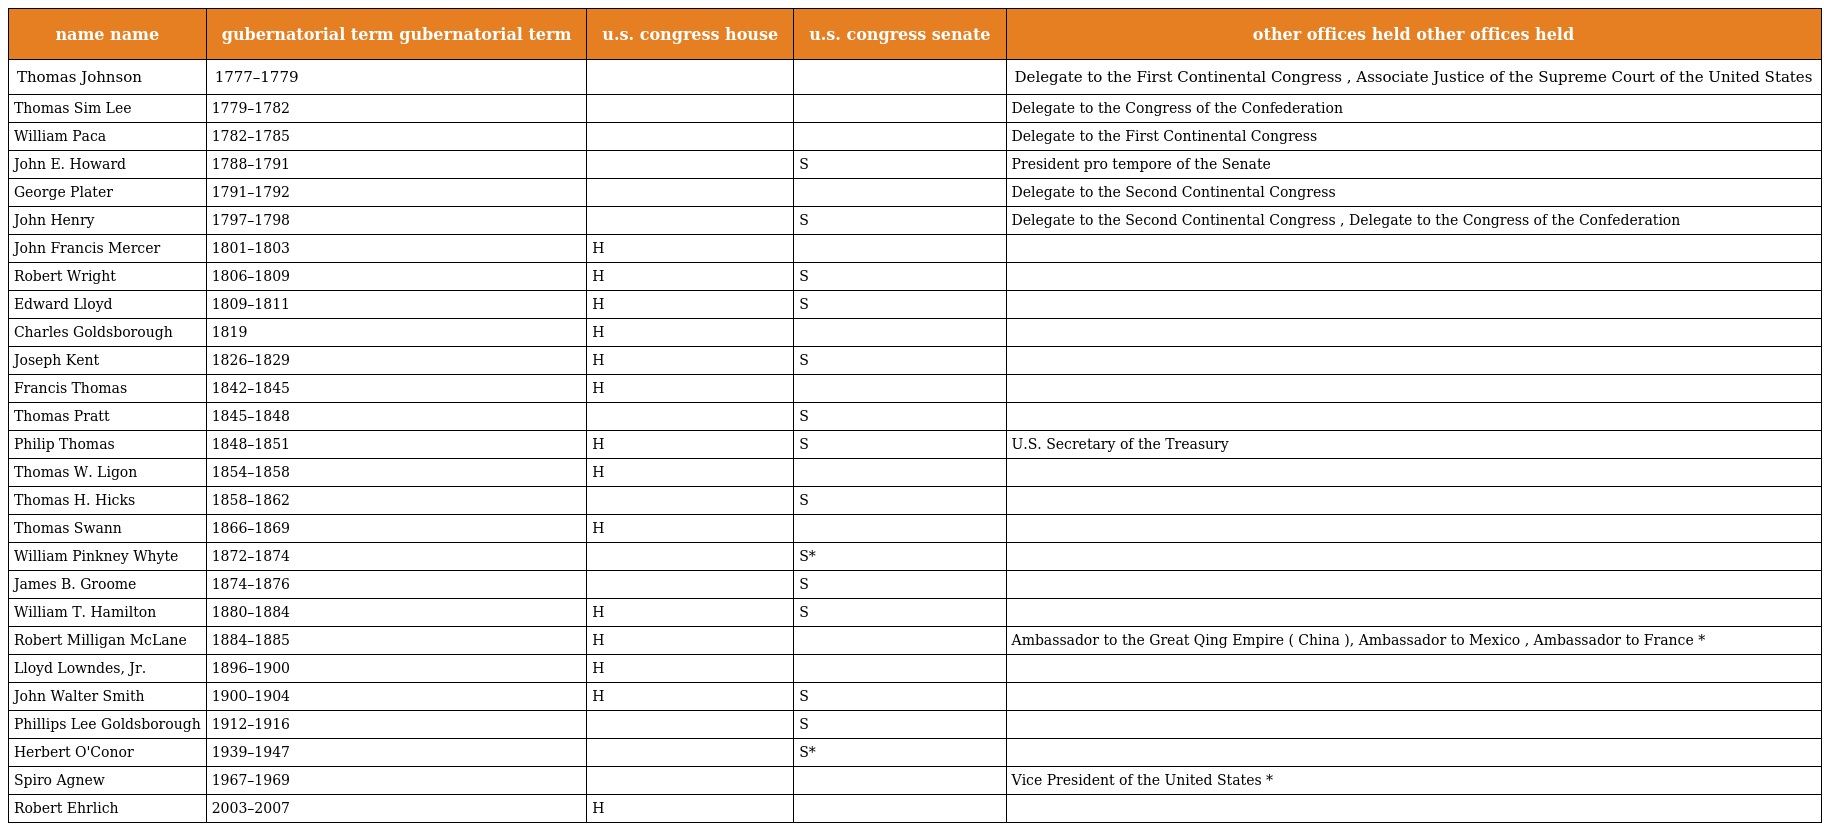
| name name | gubernatorial term gubernatorial term | u.s. congress house | u.s. congress senate | other offices held other offices held |
 | --- | --- | --- | --- | --- |
 | Thomas Johnson | 1777–1779 |  |  | Delegate to the First Continental Congress , Associate Justice of the Supreme Court of the United States |
 | Thomas Sim Lee | 1779–1782 |  |  | Delegate to the Congress of the Confederation |
 | William Paca | 1782–1785 |  |  | Delegate to the First Continental Congress |
 | John E. Howard | 1788–1791 |  | S | President pro tempore of the Senate |
 | George Plater | 1791–1792 |  |  | Delegate to the Second Continental Congress |
 | John Henry | 1797–1798 |  | S | Delegate to the Second Continental Congress , Delegate to the Congress of the Confederation |
 | John Francis Mercer | 1801–1803 | H |  |  |
 | Robert Wright | 1806–1809 | H | S |  |
 | Edward Lloyd | 1809–1811 | H | S |  |
 | Charles Goldsborough | 1819 | H |  |  |
 | Joseph Kent | 1826–1829 | H | S |  |
 | Francis Thomas | 1842–1845 | H |  |  |
 | Thomas Pratt | 1845–1848 |  | S |  |
 | Philip Thomas | 1848–1851 | H | S | U.S. Secretary of the Treasury |
 | Thomas W. Ligon | 1854–1858 | H |  |  |
 | Thomas H. Hicks | 1858–1862 |  | S |  |
 | Thomas Swann | 1866–1869 | H |  |  |
 | William Pinkney Whyte | 1872–1874 |  | S* |  |
 | James B. Groome | 1874–1876 |  | S |  |
 | William T. Hamilton | 1880–1884 | H | S |  |
 | Robert Milligan McLane | 1884–1885 | H |  | Ambassador to the Great Qing Empire ( China ), Ambassador to Mexico , Ambassador to France * |
 | Lloyd Lowndes, Jr. | 1896–1900 | H |  |  |
 | John Walter Smith | 1900–1904 | H | S |  |
 | Phillips Lee Goldsborough | 1912–1916 |  | S |  |
 | Herbert O'Conor | 1939–1947 |  | S* |  |
 | Spiro Agnew | 1967–1969 |  |  | Vice President of the United States * |
 | Robert Ehrlich | 2003–2007 | H |  |  |